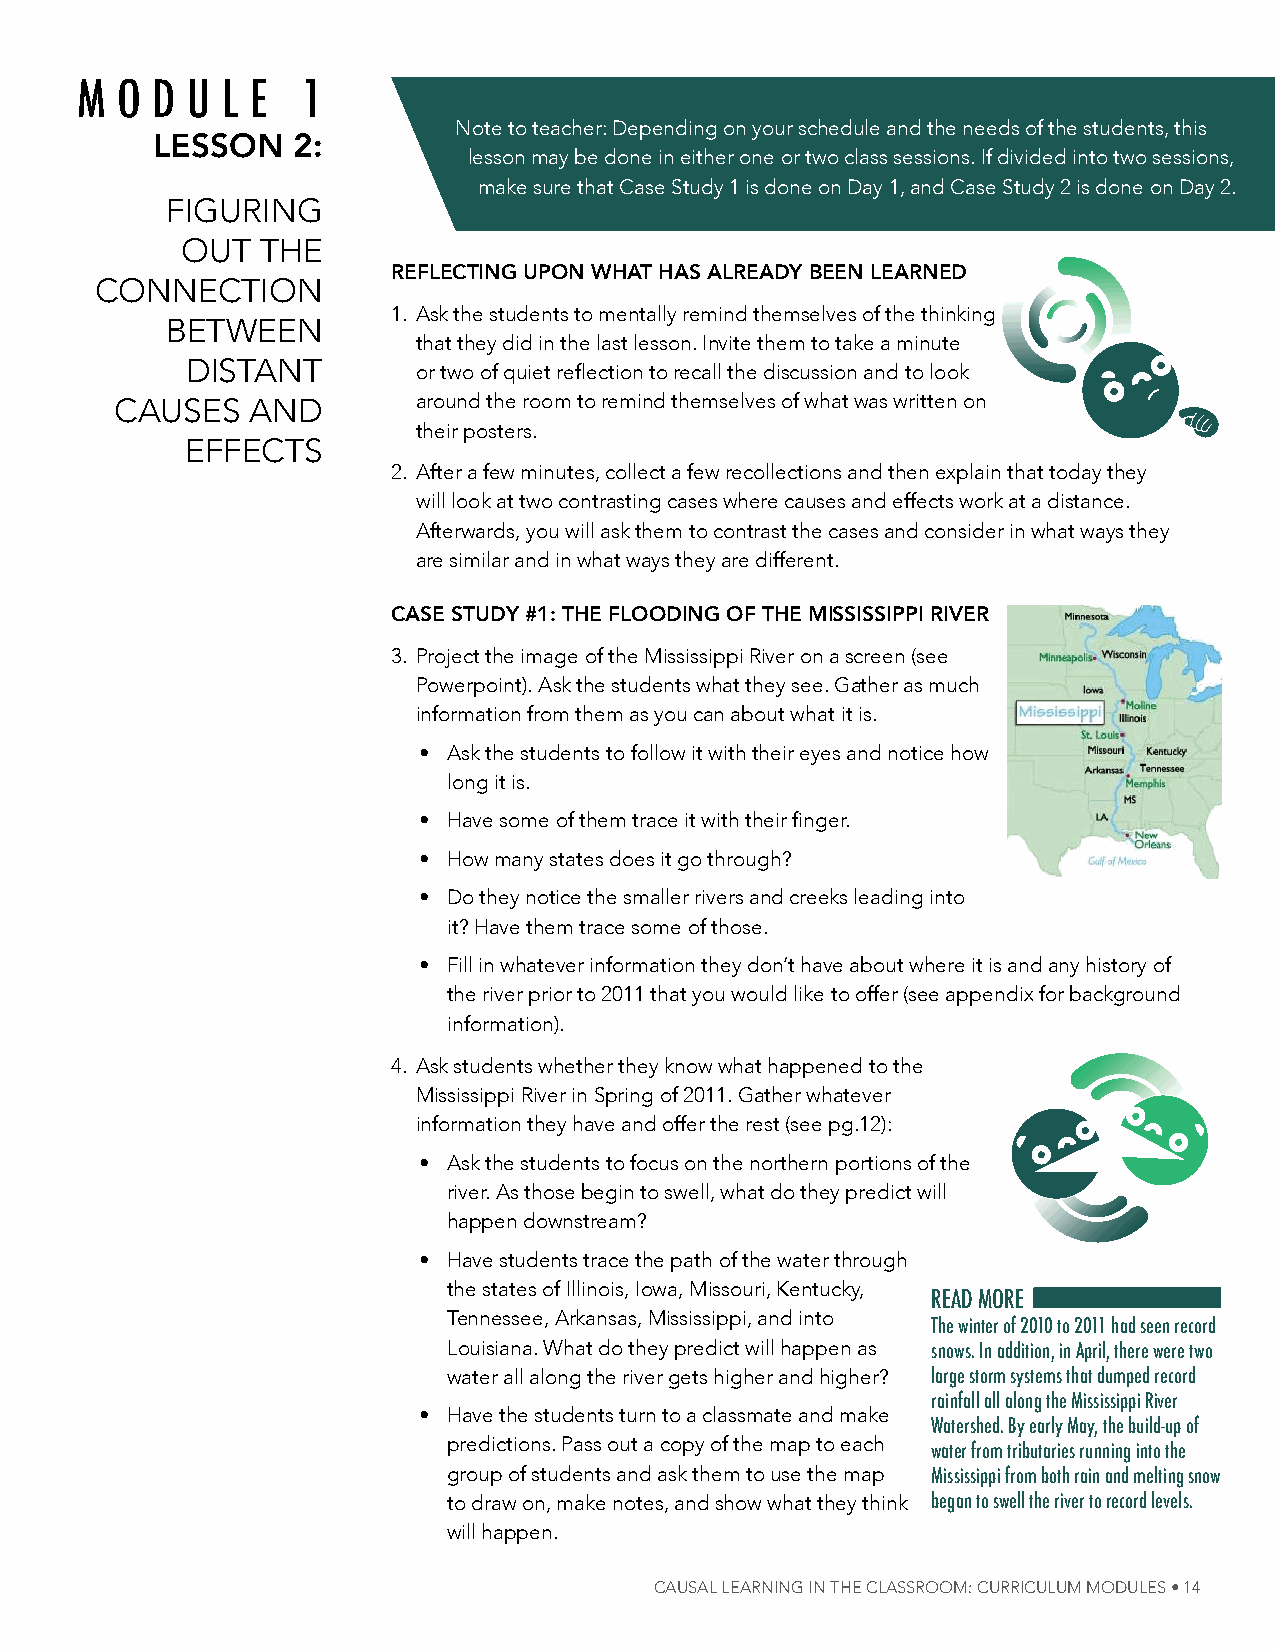
m  o d u  l e 1
 note to teacher: Depending on your schedule and the needs of the students, this
 LessOn   2:
 lesson may be done in either one or two class sessions. if divided into two sessions,
 make sure that Case study 1 is done on Day 1, and Case study 2 is done on Day 2.
 Figuring
 out  the
 refLeCting upOn what has aLreaDy been LearneD
 ConneCtion
 1. ask the students to mentally remind themselves of the thinking
 BetWeen
 that they did in the last lesson. invite them to take a minute
 Distant
 or two of quiet reflection to recall the discussion and to look
 Causes  anD         around the room to remind themselves of what was written on
 their posters.
 eFFeCts
 2. after a few minutes, collect a few recollections and then explain that today they
 will look at two contrasting cases where causes and effects work at a distance.
 afterwards, you will ask them to contrast the cases and consider in what ways they
 are similar and in what ways they are different.
 Case stuDy #1: the fLOODing Of the mississippi river
 3. Project the image of the mississippi river on a screen (see
 Powerpoint). ask the students what they see. gather as much
 information from them as you can about what it is.
 • ask the students to follow it with their eyes and notice how
 long it is.
 • have some of them trace it with their finger.
 • how many states does it go through?
 • Do they notice the smaller rivers and creeks leading into
 it? have them trace some of those.
 • Fill in whatever information they don’t have about where it is and any history of
 the river prior to 2011 that you would like to offer (see appendix for background
 information).
 4. ask students whether they know what happened to the
 mississippi river in spring of 2011. gather whatever
 information they have and offer the rest (see pg.12):
 • ask the students to focus on the northern portions of the
 river. as those begin to swell, what do they predict will
 happen downstream?
 • have students trace the path of the water through
 the states of illinois, iowa, missouri, Kentucky,
 reAd more
 tennessee, arkansas, mississippi, and into
 The winter of 2010 to 2011 had seen record
 louisiana. What do they predict will happen as snows. in addition, in April, there were two
 water all along the river gets higher and higher? large storm systems that dumped record
 rainfall all along the mississippi river
 • have the students turn to a classmate and make
 Watershed. By early may, the build-up of
 predictions. Pass out a copy of the map to each
 water from tributaries running into the
 group of students and ask them to use the map mississippi from both rain and melting snow
 to draw on, make notes, and show what they think began to swell the river to record levels.
 will happen.
 Causal learNiNg iN The Classroom: CurriCulum modules • 14